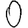
Digit: 0